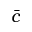
\bar { c }